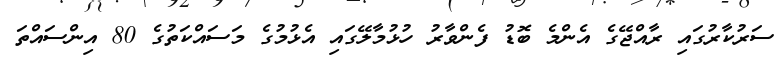
ސަރުކާރުގައި ރާއްޖޭގެ އެންމެ ބޮޑު ފެންވާރު ހުޅުމާލޭގައި އެޅުމުގެ މަސައްކަތުގެ 80 އިންސައްތަ